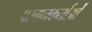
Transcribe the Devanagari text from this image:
परगनकर्ताओं